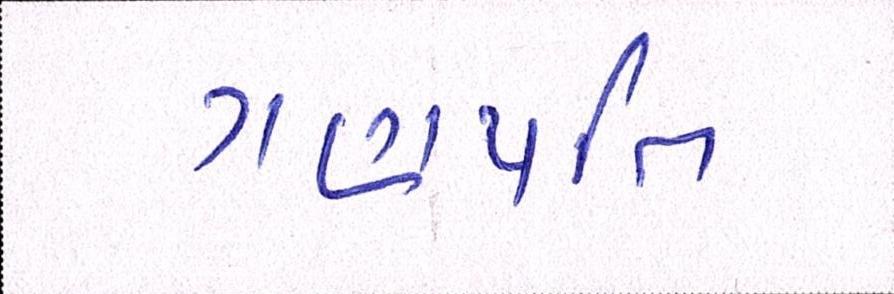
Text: ગણપતિ